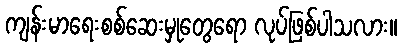
ကျန်းမာရေးစစ်ဆေးမှုတွေရော လုပ်ဖြစ်ပါသလား။